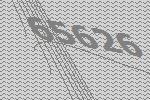
65626